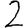
Digit: 2